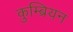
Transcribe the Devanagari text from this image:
कुम्ब्रियन